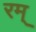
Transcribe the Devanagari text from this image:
रम्